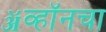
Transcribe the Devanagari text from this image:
ॲव्हॉनचा